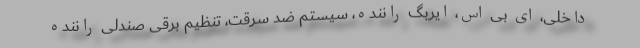
داخلی، ای بی اس، ایربگ راننده، سیستم ضد سرقت، تنظیم برقی صندلی راننده